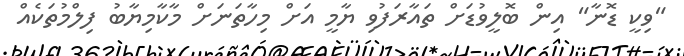
"ވިކީ ޑޮނާ" އިން ބޮލީވުޑަށް ތައާރަފުވި ޔާމީ އަށް މިހާތަނަށް މާކާމިޔާބު ފިލްމުތަކެއް